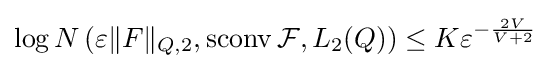
\log N\left(\varepsilon \|F\|_{Q,2},\operatorname {sconv} {\mathcal {F}},L_{2}(Q)\right)\leq K\varepsilon ^{-{\frac {2V}{V+2}}}